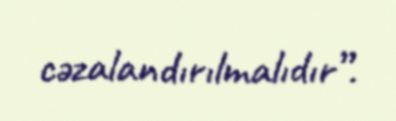
cəzalandırılmalıdır”.